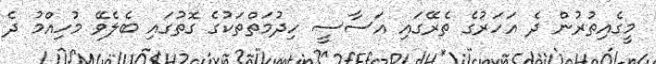
މީގެއިތުރުން ދެ އަހަރުގެ ތެރޭގައި އަސާސީ ހިދުމަތްތަކުގެ ގޮތުގައި ބެލެވޭ މުހިއްމު ދެ